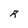
Character: R